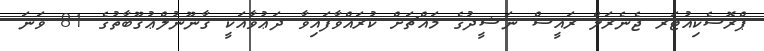
ޕްރޮސެކިއުޓަރ ޖެނެރަލް ރައީސް ނަޝީދުގެ މައްޗަށް ކުރައްވާފައިވާ ދަޢުވާއަކީ ޤާނޫނުލްޢުޤޫބާތުގެ 81 ވަނަ